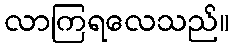
လာကြရလေသည်။